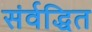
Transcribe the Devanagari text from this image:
संर्वद्धित